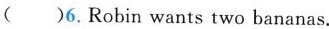
( )6.Robin wants two bananas.